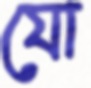
যো